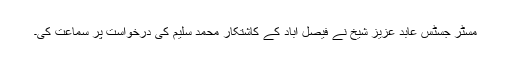
مسٹر جسٹس عابد عزیز شیخ نے فیصل آباد کے کاشتکار محمد سلیم کی درخواست پر سماعت کی۔